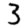
Digit: 3